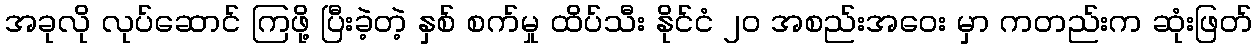
အခုလို လုပ်ဆောင် ကြဖို့ ပြီးခဲ့တဲ့ နှစ် စက်မှု ထိပ်သီး နိုင်ငံ ၂၀ အစည်းအဝေး မှာ ကတည်းက ဆုံးဖြတ်